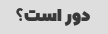
دور است؟